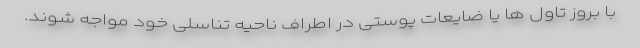
با بروز تاول ها یا ضایعات پوستی در اطراف ناحیه تناسلی خود مواجه شوند.